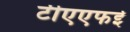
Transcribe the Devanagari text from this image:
टीएएफई